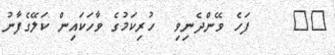
٢٤    ފަހެ ވޭންދެނިވި  ހުރިކަމުގެ ވާހަކައިން ކަލޭގެފާނު